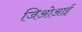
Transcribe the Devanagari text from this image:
जिओआई